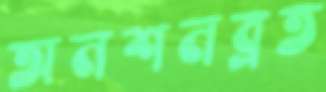
অনশনব্রত